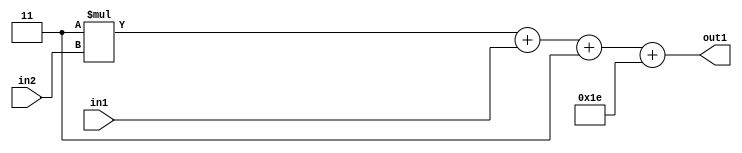
`timescale 1ps / 1ps
/*****************************************************************************
    Verilog RTL Description
    
    
    Created by: Stratus DpOpt 21.05.01 
*******************************************************************************/

module SobelFilter_Add2i30Add3i3u2Mul2i3u2_4 (
	in2,
	in1,
	out1
	); /* architecture "behavioural" */ 
input [1:0] in2,
	in1;
output [5:0] out1;
wire [5:0] asc001;
wire [4:0] asc003;

wire [4:0] asc003_tmp_0;
wire [4:0] asc003_tmp_1;
assign asc003_tmp_1 = 
	+(5'B00011 * in2);
assign asc003_tmp_0 = asc003_tmp_1
	+(in1);
assign asc003 = asc003_tmp_0
	+(5'B00011);

assign asc001 = 
	+(asc003)
	+(6'B011110);

assign out1 = asc001;
endmodule

/* CADENCE  v7XzSw8= : u9/ySxbfrwZIxEzHVQQV8Q== ** DO NOT EDIT THIS LINE ******/